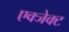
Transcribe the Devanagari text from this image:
एक्जेक्ट